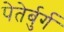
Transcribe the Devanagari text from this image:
पेतेर्बुर्ग